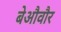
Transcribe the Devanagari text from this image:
बेऔवौर